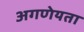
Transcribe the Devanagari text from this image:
अगणेयता